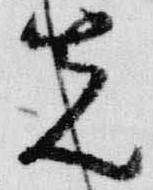
先